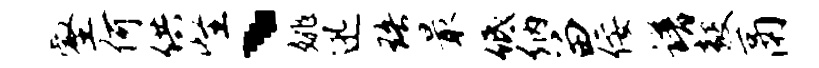
壑何供怪、姚迅珞最低纳留佞谱毅鬲